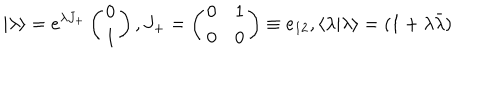
LaTeX: \vert \lambda \rangle = { e ^ { \lambda { J _ { + } } } } \left( \begin{matrix} { { 0 } } \\ { { 1 } } \\ \end{matrix} \right) , { J _ { + } } = \left( \begin{matrix} { { 0 } } & { { 1 } } \\ { { 0 } } & { { 0 } } \\ \end{matrix} \right) \equiv { e _ { 1 2 } } , \langle \lambda \vert \lambda \rangle = ( 1 + { \lambda } { \bar { \lambda } } )